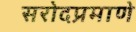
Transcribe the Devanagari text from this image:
सरोदप्रमाणे